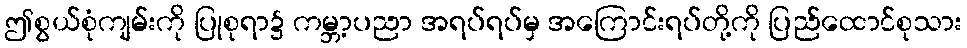
ဤစွယ်စုံကျမ်းကို ပြုစုရာ၌ ကမ္ဘာ့ပညာ အရပ်ရပ်မှ အကြောင်းရပ်တို့ကို ပြည်ထောင်စုသား